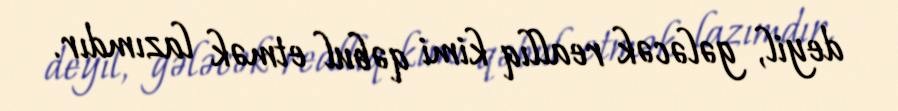
deyil, gələcək reallıq kimi qəbul etmək lazımdır.